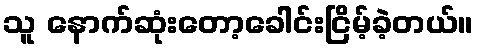
သူ နောက်ဆုံးတော့ခေါင်းငြိမ့်ခဲ့တယ်။